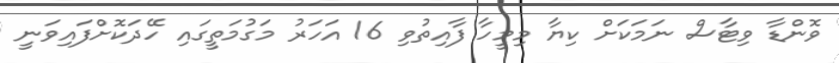
ވޮންޑާ ވިޓާސް ނަމަކަށް ކިޔާ މިމީހާ ފާއިތުވި 16 އަހަރު މަގުމަތީގައި ހޭދަކޮށްފައިވަނީ